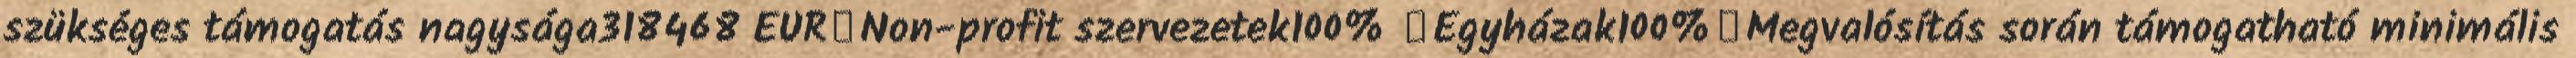
szükséges támogatás nagysága318468 EUR▪Non-profit szervezetek100% ▪Egyházak100%▪Megvalósítás során támogatható minimális